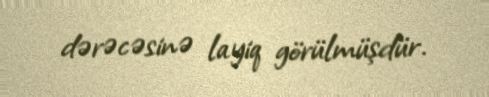
dərəcəsinə layiq görülmüşdür.